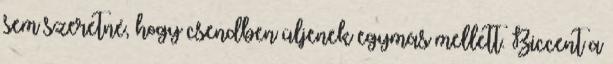
sem szeretné, hogy csendben üljenek egymás mellett. Biccent a